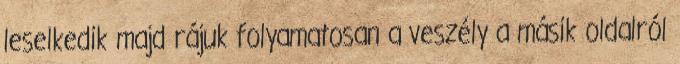
leselkedik majd rájuk folyamatosan a veszély a másik oldalról